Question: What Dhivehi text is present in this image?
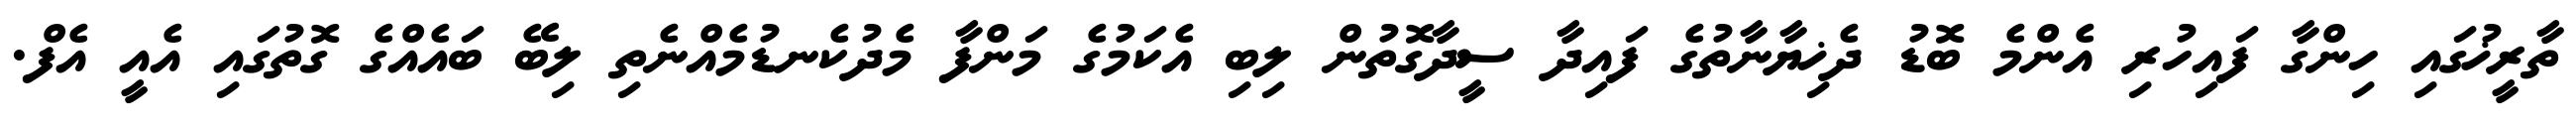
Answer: ތާރީޚުގައި ހިންގާ ފައިހުރި އެންމެ ބޮޑު ދެޚިޔާނާތުގެ ފައިދާ ސީދާގޮތުން ލިބި އެކަމުގެ މަންފާ މެދުކެނޑުމެއްނެތި ލިބޭ ބައެއްގެ ގޮތުގައި އެއީ އެފް.